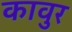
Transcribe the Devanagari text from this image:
कावुर